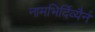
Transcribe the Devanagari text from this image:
नामभिर्दिव्यैर्न